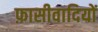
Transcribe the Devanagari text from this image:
फ़ासीवादियों